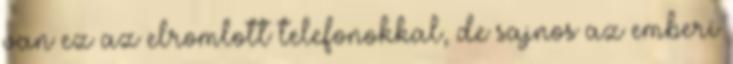
van ez az elromlott telefonokkal, de sajnos az emberi